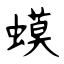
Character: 蟆